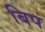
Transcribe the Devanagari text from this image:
बिप